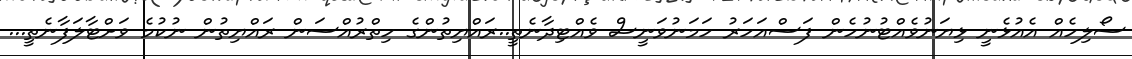
ސޯލިހެއް އެއުޅެނީ ޅިޔަނުވެއްޓުނުހެން ފަސްއަހަރު ހަމަނުވަނީސް ވެއްޓިދާނެތީ..ރައްޔިތުންގެ ހިތްރުއްސަން ރައްޔިތުން ނުކުމެ ވަށްޓާލަފާނެތީ...